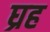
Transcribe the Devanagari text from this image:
घ्रह